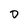
Character: D